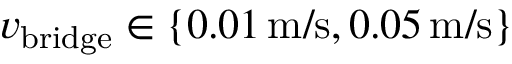
v _ { \mathrm { b r i d g e } } \in \left\{ 0 . 0 1 \, \mathrm { m } / \mathrm { s } , 0 . 0 5 \, \mathrm { m } / \mathrm { s } \right\}